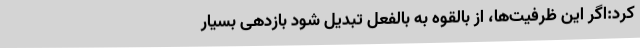
کرد:اگر این ظرفیت‌ها، از بالقوه به بالفعل تبدیل شود بازدهی بسیار